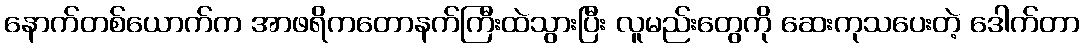
နောက်တစ်ယောက်က အာဖရိကတောနက်ကြီးထဲသွားပြီး လူမည်းတွေကို ဆေးကုသပေးတဲ့ ဒေါက်တာ